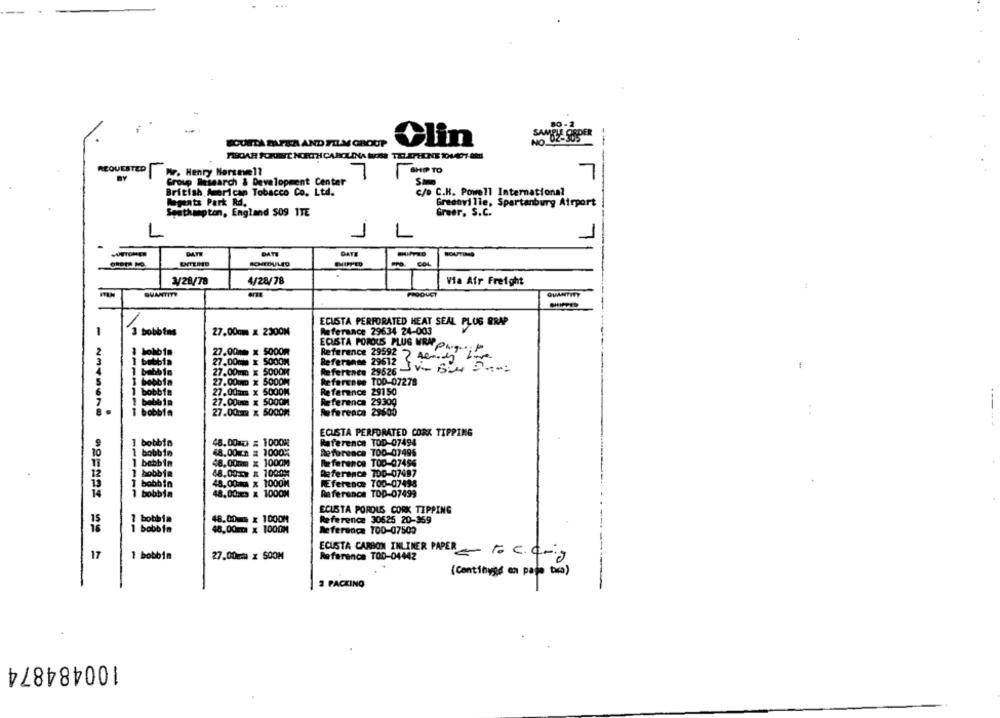
80 -
SAMBY OURPER
--
BOUITA PAPER AND FILM GROUP
Clin
FICAR FORITÉ NORTH CAROLINA NOUS TELEPHONE 104407-08
REQUESTED
Wr. Henry Norsave1?
7
SHIP TO
Group Research & Development Center
Sm
British American Tobacco Co. Ltd.
c/o C.H. Powell International
Aguats Park Md.
Greenville, Spartanburg Airport
Southampton, England S09 ITE
Greer, S.C.
1
L
DATE
DATE
ROUTES
SCHEDULED
COL
1/28/78
4/28/78
Via Air Freight
QUANTITY
PRODUCT
QUANTITY
ECUSTA PERFORATED HEAT SEAL PLUS SRAP
Referance 29634 24-003
3 bobbies
27.00cm x 2300N
27.00mm x 5000m
ECUSTA POROUS PLUG VER PA ....; P
bobbin
27.00mm x 500ON
Reference 29626 V= Si4 ::
Reference 29592 7 ACmy
Referanse 29612
babbin
27.00mm x 5000M
I bobbin
27.00mm x 5000M
Referenes TOD-07278
27.00mm x 500OM
Reference 29150
27.00uma x 500OM
Re ference 29309
12345676
bobbia
27.0012 x 5000M
Reference 29600
---- -
ECUSTA PERFORATED CORK TIPPING
bobbin
48.00m3 = 1000%
Reference TOD-07494
48.00mn = 1000%
Re ference TOD-07496
48.00mm x 1000M
Reference TOO-07456
48.00-22 # 1000M
Reference TOD-07497
abb
48.00m x 1000M
REference 700-07498
bobbin
48.00:3 X 1000M
Reference TOD-07499
ECUSTA POROUS CORK TIPPING
48.00- x 1000M
Reference 30625 20-359
bobbin
48.00mm x 1000M
Reference TOD-07500
17
1 bobbin
27.00cm x 500M
ECUSTA CARBON INLINER PAPER & c.c.J
Reference TOD-04442
(Continygd on paje txca)
2 PACKING
100484874